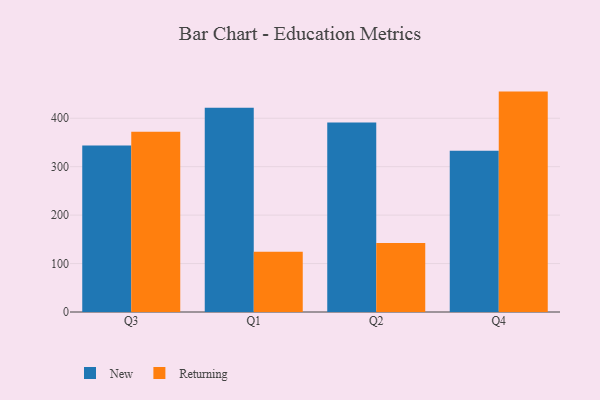
{"axis": {"x": "Quarter", "y": "Headcount"}, "legend": ["New", "Returning"], "data": [{"x": "Q3", "y": 343.9, "type": "New"}, {"x": "Q3", "y": 371.9, "type": "Returning"}, {"x": "Q1", "y": 421.8, "type": "New"}, {"x": "Q1", "y": 124.6, "type": "Returning"}, {"x": "Q2", "y": 391.2, "type": "New"}, {"x": "Q2", "y": 142.3, "type": "Returning"}, {"x": "Q4", "y": 332.8, "type": "New"}, {"x": "Q4", "y": 455.0, "type": "Returning"}]}